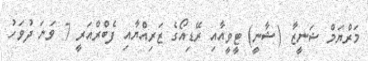
މަރްޔަމް ޝަނީޒާ (ޝާނީ) ޓީވީއާއި ރޭޑިއޯގެ ޒަރިއްޔާއި ފެބްރްއަރީ 7 ވަނަ ދުވަހު